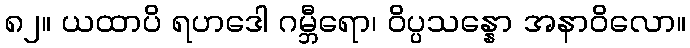
၈၂။ ယထာပိ ရဟဒေါ ဂမ္ဘီရော၊ ဝိပ္ပသန္နော အနာဝိလော။